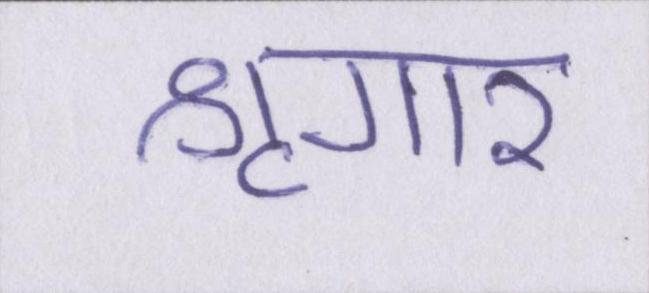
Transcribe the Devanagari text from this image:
श्रृंगार